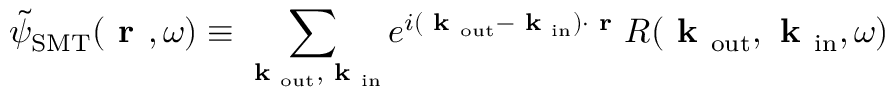
\Tilde { \psi } _ { \mathrm { S M T } } ( \textbf { r } , \omega ) \equiv \sum _ { \mathrm { \textbf { k } _ { o u t } , \textbf { k } _ { \mathrm { i n } } } } e ^ { i ( \textbf { k } _ { \mathrm { o u t } } - \textbf { k } _ { \mathrm { i n } } ) \cdot \textbf { r } } R ( \textbf { k } _ { \mathrm { o u t } } , \textbf { k } _ { \mathrm { i n } } , \omega )